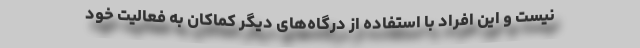
نیست و این افراد با استفاده از درگاه‌های دیگر کماکان به فعالیت خود